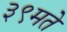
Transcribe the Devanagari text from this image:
३९मते